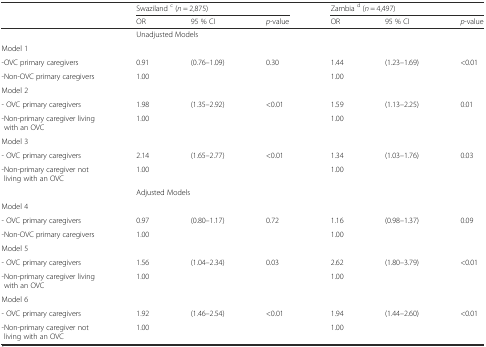
|  | <COLSPAN=3> Swaziland c (n = 2,875) | <COLSPAN=3> Zambia d (n = 4,497) |
 |  | OR | 95 % CI | p-value | OR | 95 % CI | p-value |
 | --- | --- | --- | --- | --- | --- | --- |
 |  | <COLSPAN=6> Unadjusted Models |
 | Model 1 |  |  |  |  |  |  |
 | -OVC primary caregivers | 0.91 | (0.76–1.09) | 0.30 | 1.44 | (1.23–1.69) | <0.01 |
 | -Non-OVC primary caregivers | 1.00 |  |  | 1.00 |  |  |
 | Model 2 |  |  |  |  |  |  |
 | - OVC primary caregivers | 1.98 | (1.35–2.92) | <0.01 | 1.59 | (1.13–2.25) | 0.01 |
 | -Non-primary caregiver living with an OVC | 1.00 |  |  | 1.00 |  |  |
 | Model 3 |  |  |  |  |  |  |
 | - OVC primary caregivers | 2.14 | (1.65–2.77) | <0.01 | 1.34 | (1.03–1.76) | 0.03 |
 | -Non-primary caregiver not living with an OVC | 1.00 |  |  | 1.00 |  |  |
 |  | <COLSPAN=6> Adjusted Models |
 | Model 4 |  |  |  |  |  |  |
 | - OVC primary caregivers | 0.97 | (0.80–1.17) | 0.72 | 1.16 | (0.98–1.37) | 0.09 |
 | -Non-OVC primary caregivers | 1.00 |  |  | 1.00 |  |  |
 | Model 5 |  |  |  |  |  |  |
 | - OVC primary caregivers | 1.56 | (1.04–2.34) | 0.03 | 2.62 | (1.80–3.79) | <0.01 |
 | -Non-primary caregiver living with an OVC | 1.00 |  |  | 1.00 |  |  |
 | Model 6 |  |  |  |  |  |  |
 | - OVC primary caregivers | 1.92 | (1.46–2.54) | <0.01 | 1.94 | (1.44–2.60) | <0.01 |
 | -Non-primary caregiver not living with an OVC | 1.00 |  |  | 1.00 |  |  |